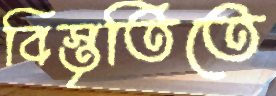
বিস্তৃতিতে